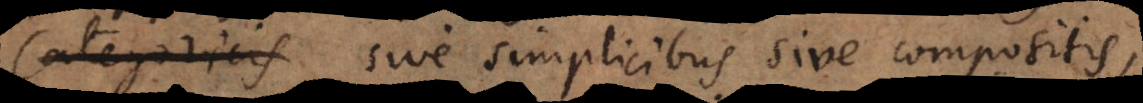
categoricis sive simplicibus sive compositis,